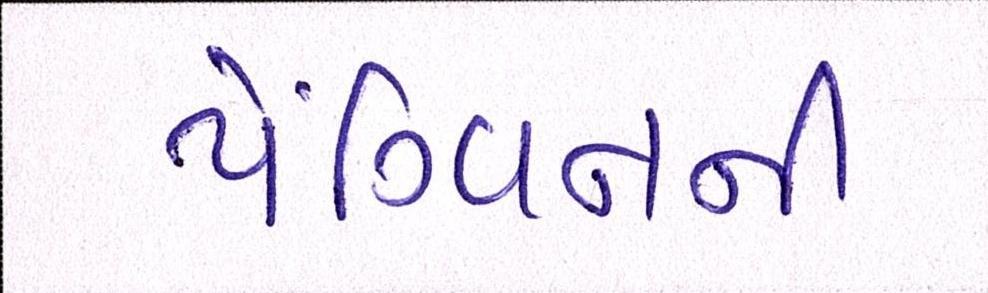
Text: પૅંગ્વિનની